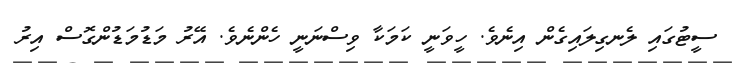
ސީޓުގައި ލެނގިލައިގެން އިނެވެ. ހީވަނީ ކަމަކާ ވިސްނަނީ ހެންނެވެ. އޭރު މަޑުމަޑުންގޮސް އިރު